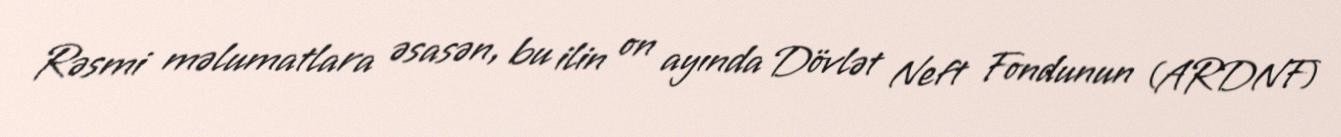
Rəsmi məlumatlara əsasən, bu ilin on ayında Dövlət Neft Fondunun (ARDNF)